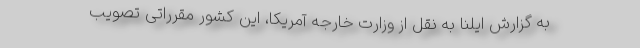
به گزارش ایلنا به نقل از وزارت خارجه آمریکا، این کشور مقرراتی تصویب